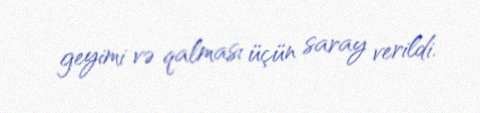
geyimi və qalması üçün saray verildi.